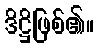
ဒိဋ္ဌိဖြစ်၏။